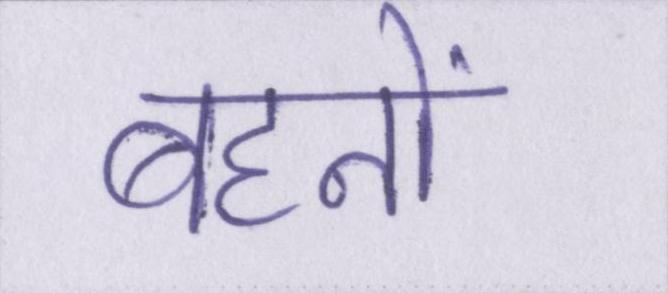
बहनों